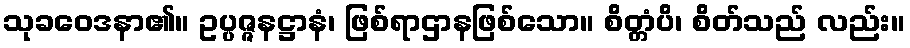
သုခဝေဒနာ၏။ ဥပ္ပဇ္ဇနဋ္ဌာနံ၊ ဖြစ်ရာဌာနဖြစ်သော။ စိတ္တံပိ၊ စိတ်သည် လည်း။